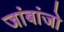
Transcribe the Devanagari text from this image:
जांबांजो